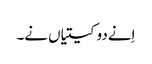
اِنے دو کیتیاں نے۔